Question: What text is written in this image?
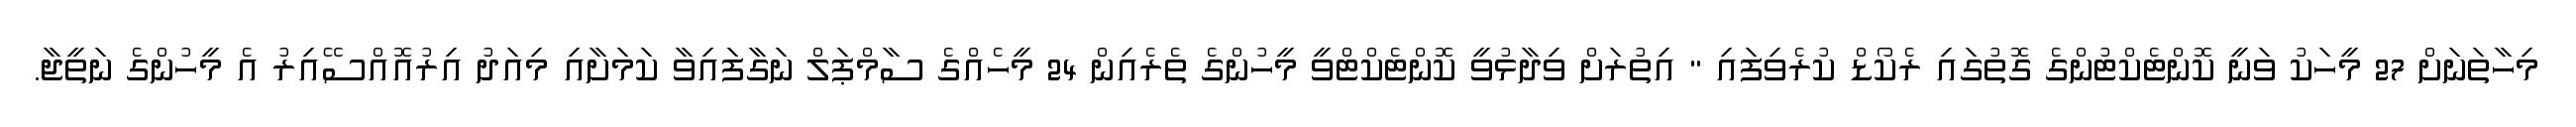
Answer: މިހާތަނަށް 27 މީހަކު ވަނީ ކޮންޓެކްޓުންގެ ގޮތުގައި ރެކޯޑް ކުރެވިފައި " އިތުރަށް ވިދާޅުވީ ކޮންޓެކްޓްވީ މީހުންގެ ތެރެއިން 24 މީހެއްގެ ސާމްޕަލް ނަގާފައިވާ ކަމަށާއި މިއަދު އިރުއޮއްސޭއިރު އެ މީހުންގެ ނަތީޖާ.